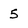
Character: 5